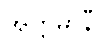
အတ္တမာနီ